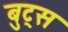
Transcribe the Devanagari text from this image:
बुट्स